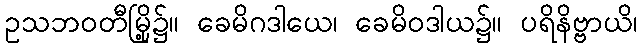
ဥသဘဝတီမြို့၌။ ခေမိဂဒါယေ၊ ခေမိဝဒါယ၌။ ပရိနိဗ္ဗာယိ၊